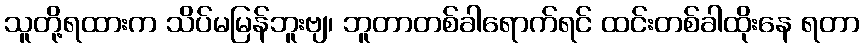
သူတို့ရထားက သိပ်မမြန်ဘူးဗျ၊ ဘူတာတစ်ခါရောက်ရင် ထင်းတစ်ခါထိုးနေ ရတာ